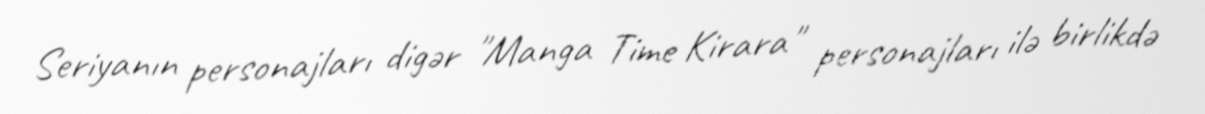
Seriyanın personajları digər "Manga Time Kirara" personajları ilə birlikdə